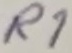
Text: R1